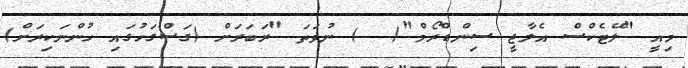
މިއީ "ލޭޓެކްސް އެލާޖީ ސިންޑްރޯމް"(  ) ނުވަތަ "ރަބަރަށް (ގަސްގަހުގައި ހުންނަކިރަށް)